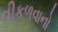
નીકળવાનો